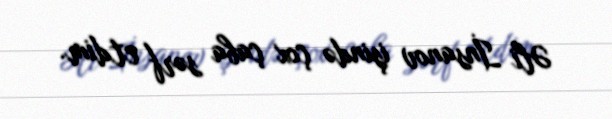
Əli İnsanov işində çox çaba sərf etdim.